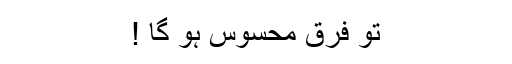
تو فرق محسوس ہو گا !